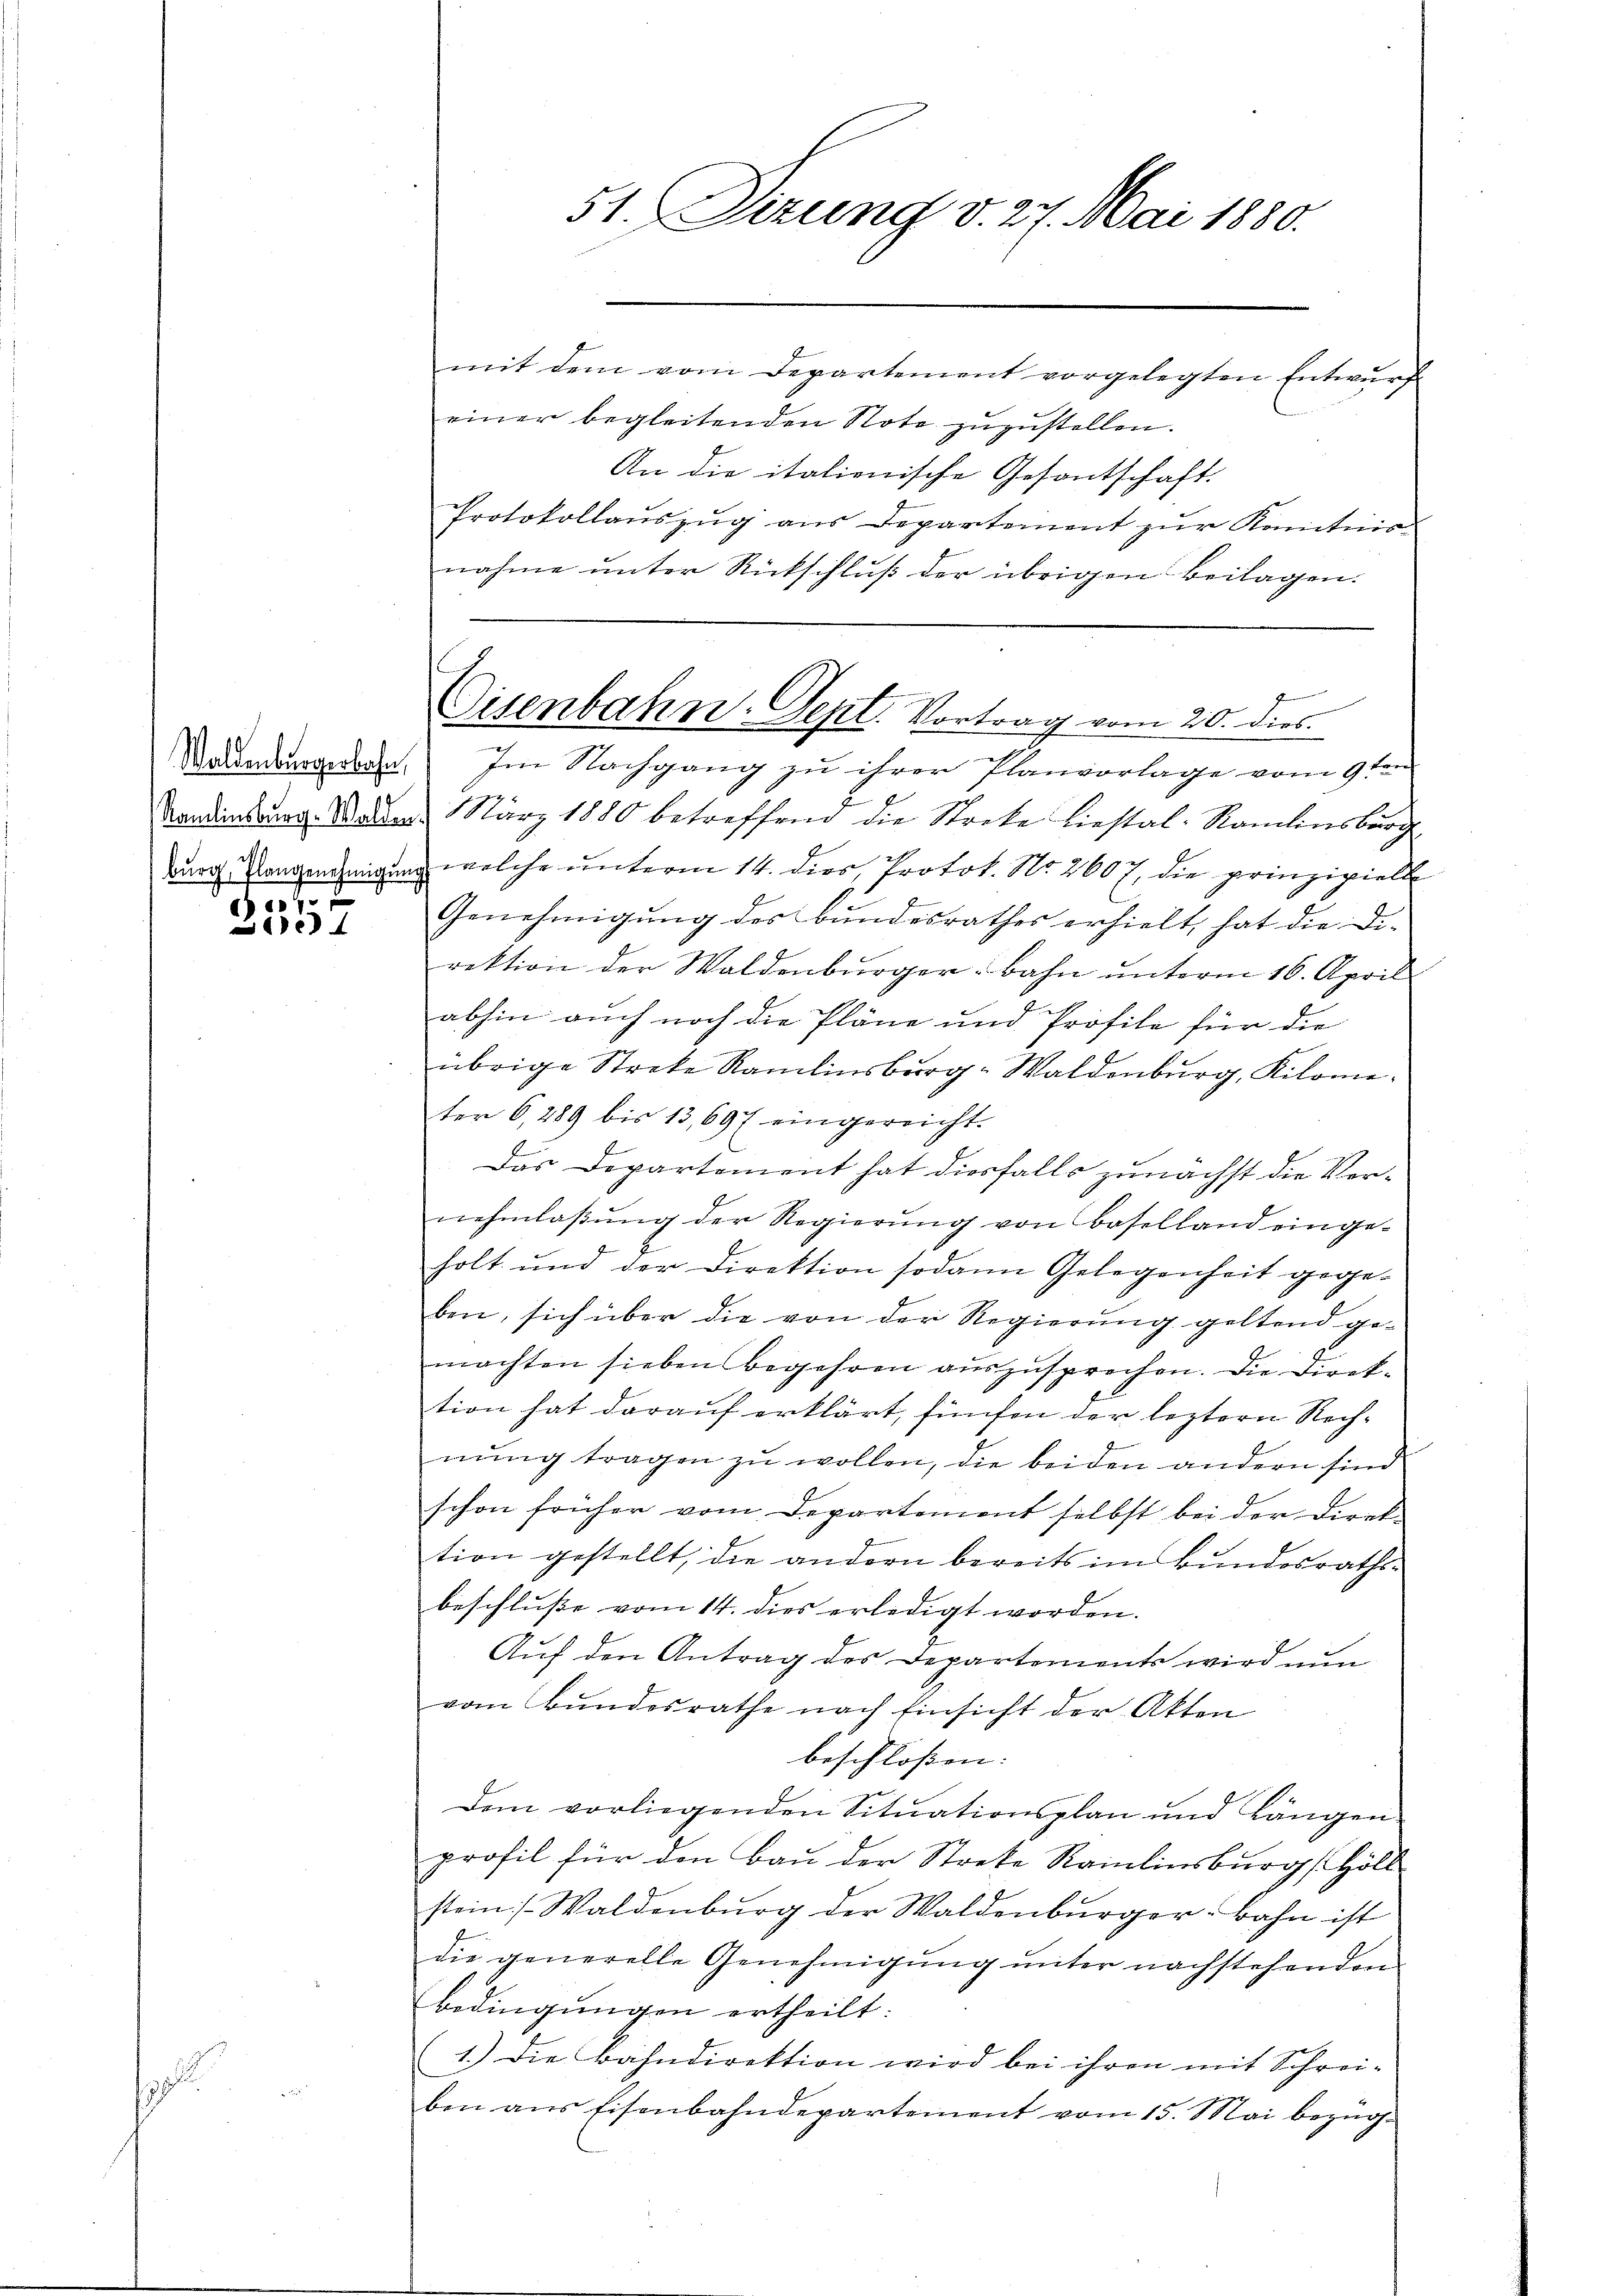
c
e

51. Sizung v. 27. Mai 1880.

Cisenbahn. Sept. Vortrag vom 20. dies

mit dem vom Departement vorgelegten Entwŭrf
einer begleitenden Note zuzustellen.
An die italionische Gesantschaft.
Protokollauszug aus Departement zŭr Kenntnis
nahme unter Rückschlŭβ der übrigen Beilagen.
Waengeben. Im Nachgang zu ihrer Planvorlage vom 9ten
Kandiatur Walle März 1880 betreffend die Streke liestal-Ramlinsburg
Burg. Wangenehmigung welche unterm 14. dies, Protok. No. 2607, die prinzipielle
Genehmigung des Bundesrathes erhielt, hat die Direktion der Waldenburger-Bahn unterm 16. April
abhin auch noch die Pläne und Profile für die
übrige Streke Ramlinsberg-Waldenburg, Kilome
ter 6, 289 bis 13,697 eingereicht.
Das Departement hat diesfalls zunächst die Vernehmlaβŭng der Regierŭng von Baselland einge-
holt und der Direktion sodann Gelegenheit gegeben, sich über die von der Regierung geltend gemachten sieben begehren auszusprechen. Die Direktion hat darauf erklärt, fünfen der leztern Rechnung tragen zu wollen, die beiden andern sind
schon früher vom Departement selbst bei der Direk-
tion gestellt, die andern bereits im Bŭndesraths-
beschluße vom 14. dies erledigt worden.
Auf den Antrag des Departements wird nun
vom Bundesrathe nach Einsicht der Akten
beschloßen:
Dem vorliegenden Situationsplan und Längen
profil für den Bau der Streke Rainlinsburg (Höll
stein Waldenburg der Waldenburger-Bahn ist
die generelle Genehmigŭng ŭnter nachstehenden
Bedingungen ertheilt:
1.) Die Bahndirektion wird bei ihren mit Schreiben aus Eisenbahndepartement vom 15. Mai bezüg¬

g